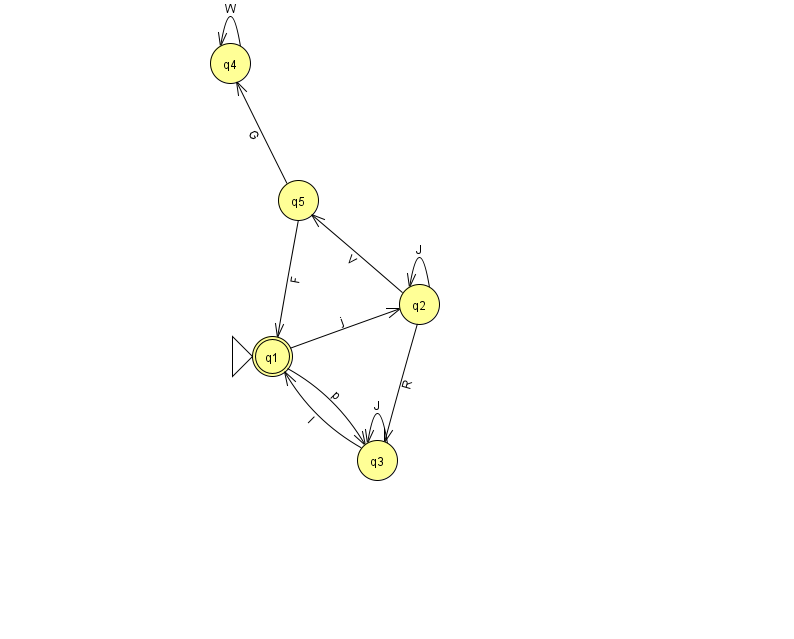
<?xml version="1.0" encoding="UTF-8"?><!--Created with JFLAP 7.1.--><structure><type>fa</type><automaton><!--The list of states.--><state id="1" name="q1"><x>272.0</x><y>343.0</y><initial/><final/></state><state id="2" name="q2"><x>419.0</x><y>291.0</y></state><state id="3" name="q3"><x>377.0</x><y>447.0</y></state><state id="4" name="q4"><x>230.0</x><y>50.0</y></state><state id="5" name="q5"><x>298.0</x><y>187.0</y></state><!--The list of transitions.--><transition><from>3</from><to>1</to><read>I</read></transition><transition><from>4</from><to>4</to><read>W</read></transition><transition><from>2</from><to>5</to><read>V</read></transition><transition><from>5</from><to>4</to><read>G</read></transition><transition><from>2</from><to>2</to><read>J</read></transition><transition><from>3</from><to>3</to><read>J</read></transition><transition><from>2</from><to>3</to><read>R</read></transition><transition><from>5</from><to>1</to><read>F</read></transition><transition><from>1</from><to>3</to><read>p</read></transition><transition><from>1</from><to>2</to><read>j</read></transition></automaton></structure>